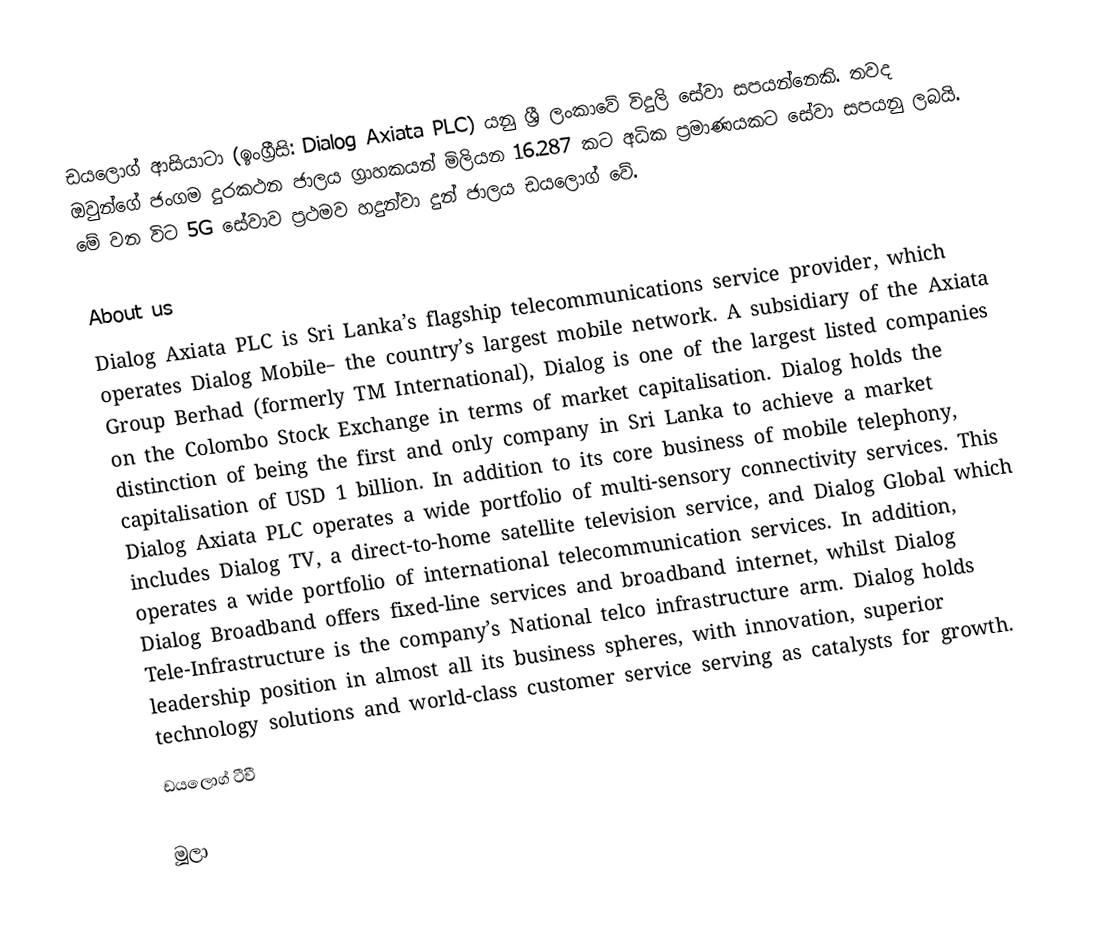
ඩයලොග් ආසියාටා (ඉංග්‍රීසි: Dialog Axiata PLC) යනු ශ්‍රී ලංකාවේ විදුලි සේවා සපයන්නෙකි. තවද ඔවුන්ගේ ජංගම දුරකථන ජාලය ග්‍රාහකයන් මිලියන 16.287 කට අධික ප්‍රමාණයකට සේවා සපයනු ලබයි. මේ වන විට 5G සේවාව ප්‍රථමව හදුන්වා දුන් ජාලය ඩයලොග් වේ.

About us
Dialog Axiata PLC is Sri Lanka’s flagship telecommunications service provider, which operates Dialog Mobile– the country’s largest mobile network. A subsidiary of the Axiata Group Berhad (formerly TM International), Dialog is one of the largest listed companies on the Colombo Stock Exchange in terms of market capitalisation. Dialog holds the distinction of being the first and only company in Sri Lanka to achieve a market capitalisation of USD 1 billion. In addition to its core business of mobile telephony,  Dialog Axiata PLC operates a wide portfolio of multi-sensory connectivity services. This includes Dialog TV, a direct-to-home satellite television service, and Dialog Global which operates a wide portfolio of international telecommunication services. In addition, Dialog Broadband offers fixed-line services and broadband internet, whilst Dialog Tele-Infrastructure is the company’s National telco infrastructure arm. Dialog holds leadership position in almost all its business spheres, with innovation, superior technology solutions and world-class customer service serving as catalysts for growth.
 ඩයලොග් ටීවී

මූලා